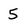
Character: 5